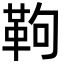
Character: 𩉿